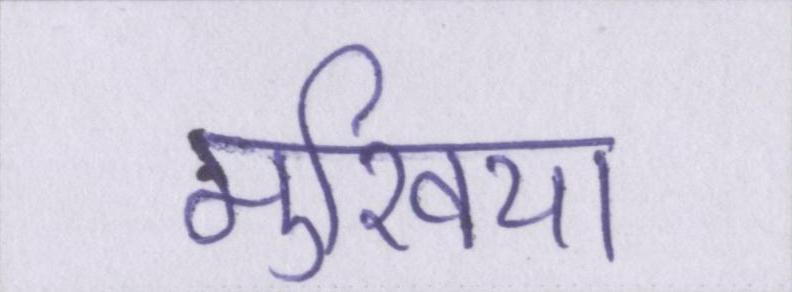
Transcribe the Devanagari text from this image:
मुखिया